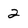
Character: 2